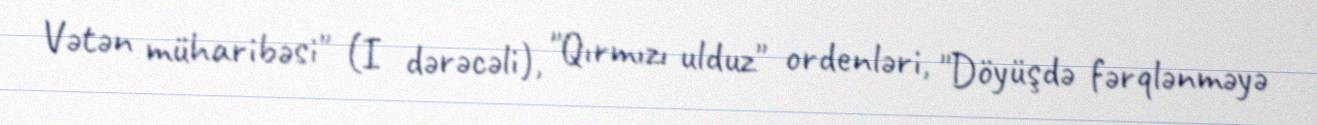
Vətən müharibəsi" (I dərəcəli), "Qırmızı ulduz" ordenləri, "Döyüşdə fərqlənməyə